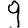
Digit: 9